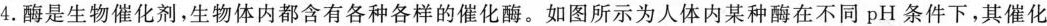
4.酶是生物催化剂，生物体内都含有各种各样的催化酶。如图所示为人体内某种酶在不同pH条件下，其催化